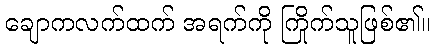
ချောကလက်ထက် အရက်ကို ကြိုက်သူဖြစ်၏။